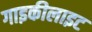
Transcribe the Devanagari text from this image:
गाइकीलाइट